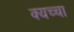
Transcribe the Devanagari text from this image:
क्यच्चा